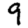
Digit: 9